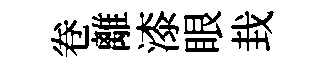
卷離漆眼㘽